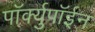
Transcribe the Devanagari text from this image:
पॉर्क्युपॉईन